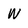
Character: W